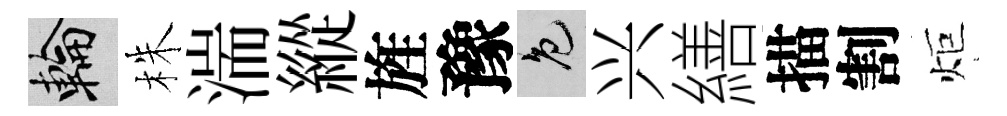
輪株湍縱旌豫色兴繕描割炬